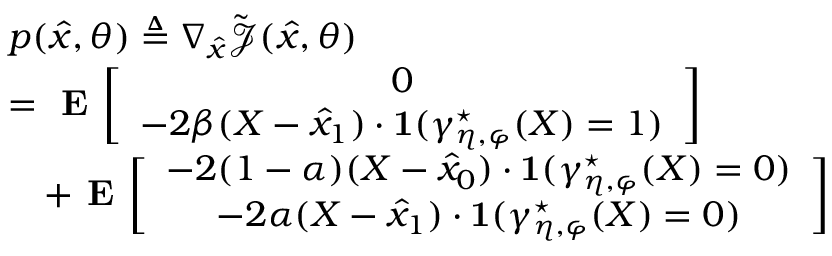
\begin{array} { r l } & { p ( \hat { x } , \theta ) \triangleq \nabla _ { \hat { x } } \tilde { \mathcal { J } } ( \hat { x } , \theta ) } \\ & { = \textbf { E } \bigg [ \begin{array} { c } { 0 } \\ { - 2 \beta ( X - \hat { x } _ { 1 } ) \cdot \mathbf { 1 } ( \gamma _ { \eta , \varphi } ^ { \star } ( X ) = 1 ) } \end{array} \bigg ] } \\ & { \quad + \textbf { E } \bigg [ \begin{array} { c } { - 2 ( 1 - \alpha ) ( X - \hat { x } _ { 0 } ) \cdot \mathbf { 1 } ( \gamma _ { \eta , \varphi } ^ { \star } ( X ) = 0 ) } \\ { - 2 \alpha ( X - \hat { x } _ { 1 } ) \cdot \mathbf { 1 } ( \gamma _ { \eta , \varphi } ^ { \star } ( X ) = 0 ) } \end{array} \bigg ] } \end{array}